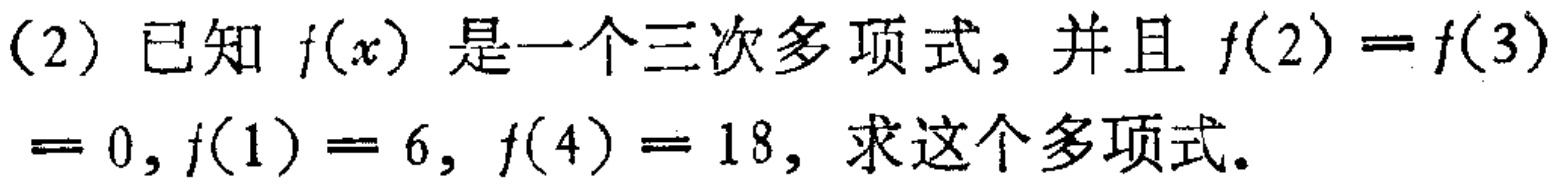
(2) 已知 \(f(x)\) 是一个三次多项式，并且 \(f(2)=f(3)=0,f(1)=6,f(4)=18\)，求这个多项式。